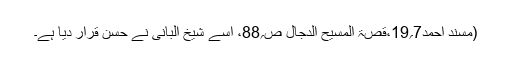
(مسند احمد7؍19،قصۃ المسیح الدجال ص؍88، اسے شیخ البانی نے حسن قرار دیا ہے۔